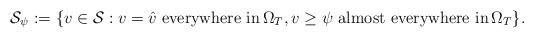
LaTeX: \begin{align*} \mathcal{S}_\psi := \{v\in\mathcal{S}: v=\hat v\,\, \textrm{everywhere in} \,\Omega_T, v\geq\psi\,\, \textrm{almost everywhere in} \,\Omega_T\}.\end{align*}